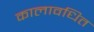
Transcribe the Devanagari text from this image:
कालावधित